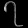
Digit: ၇